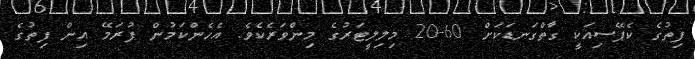
ފިތުގެ ކެޕޭސިއަކީ ގާތްގަނޑަކަށް 60-20 މިލިލީޓަރުގެ މިންވަރެކެވެ. އެހެންކަމުން ފުރަމޭ އިން ފިތުގެ